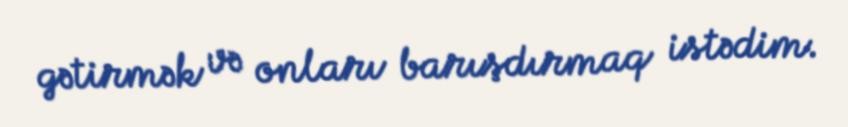
gətirmək və onları barışdırmaq istədim.